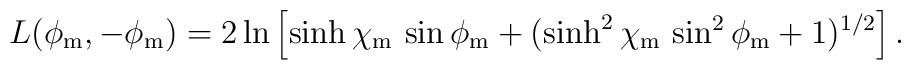
L(\phi_{{\rm m}},-\phi_{{\rm m}}) = 2 \ln\left[ \sinh\chi_{{\rm m}} \, \sin\phi_{{\rm m}} + (\sinh^2\chi_{{\rm m}} \, \sin^2\phi_{{\rm m}} + 1)^{1/2} \right].